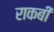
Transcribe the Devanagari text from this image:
राकबी